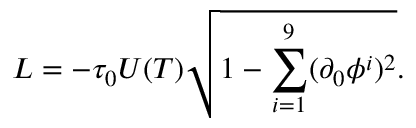
L = - \tau _ { 0 } U ( T ) \sqrt { 1 - \sum _ { i = 1 } ^ { 9 } ( \partial _ { 0 } \phi ^ { i } ) ^ { 2 } } .